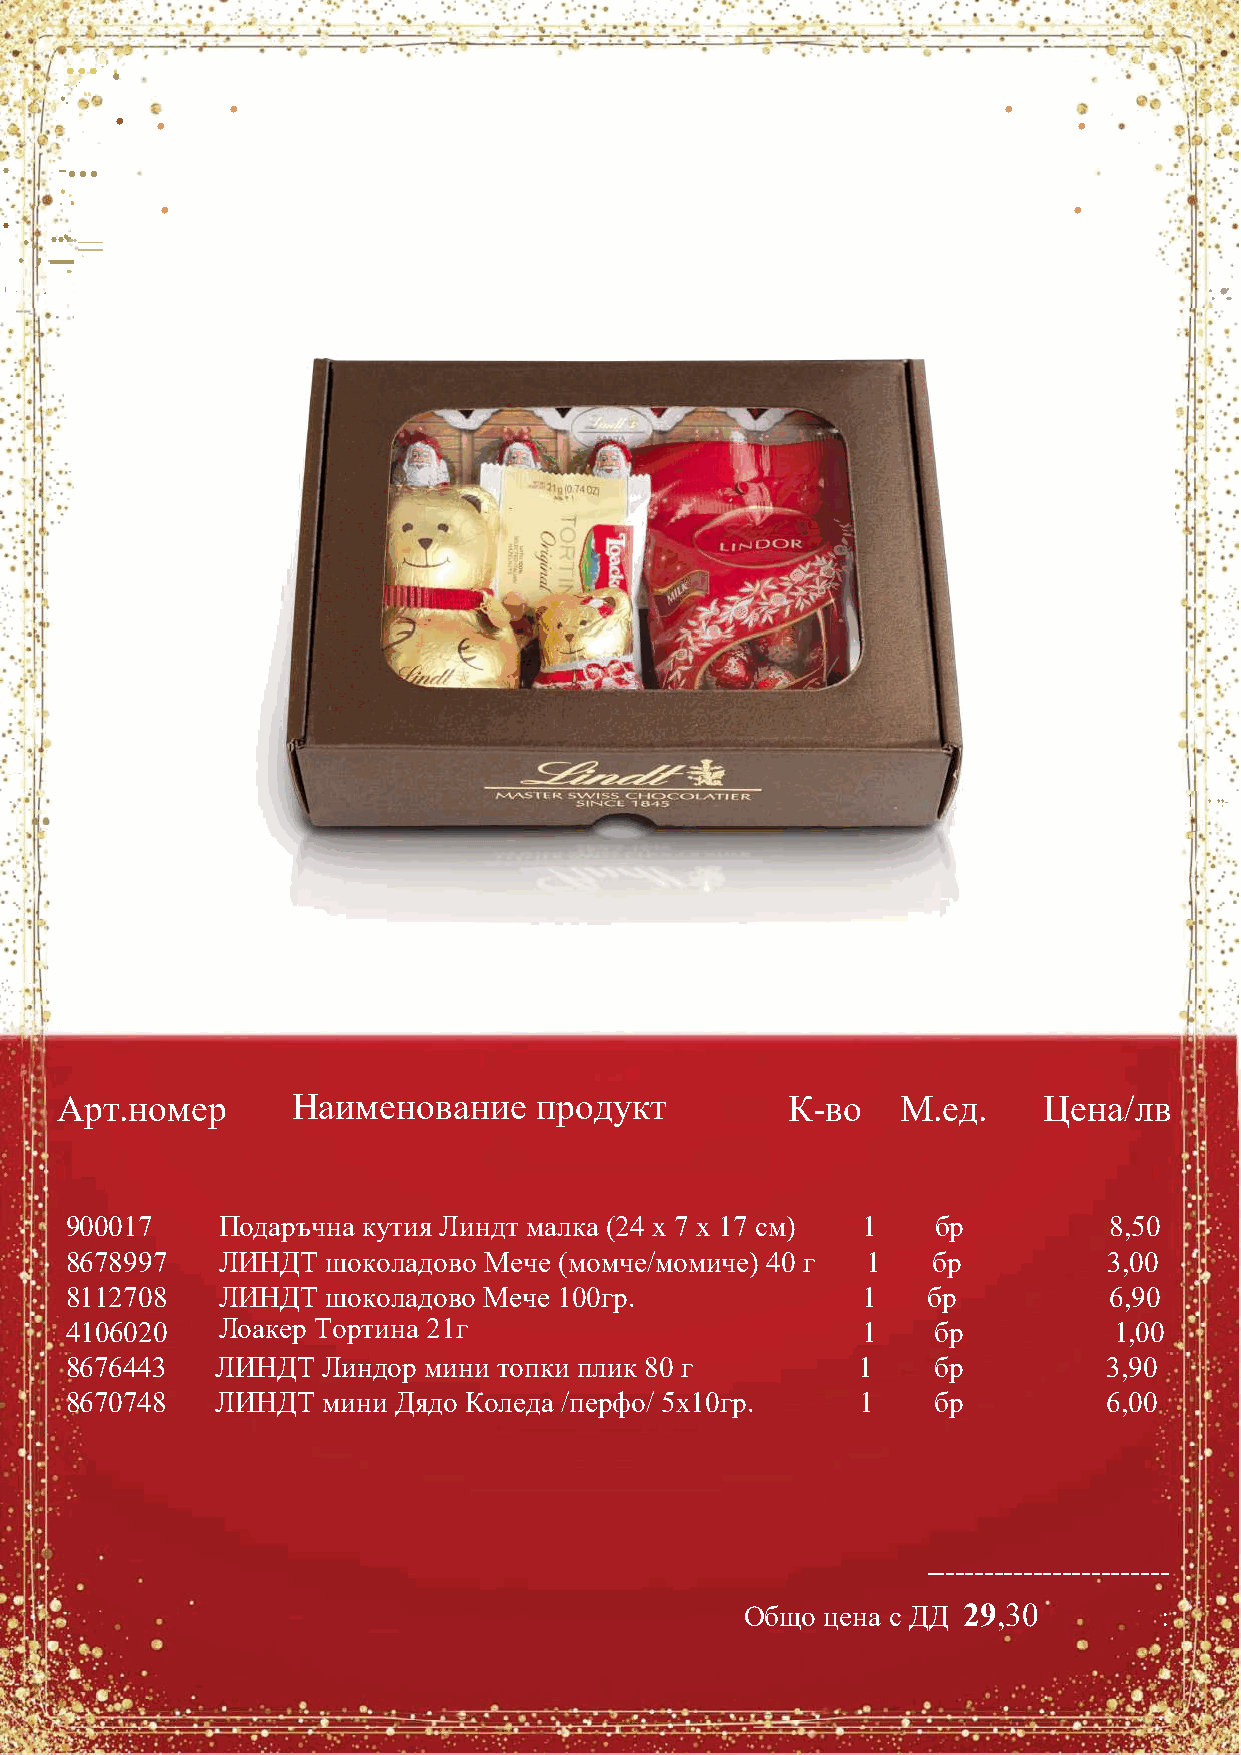
...
 .
 .
 ·'
 .... ..
 ,:
 •.
 •                                                  •
 • •                                                            •
 .   ...
 -
 •
 ..
 .   .      •                                                           •
 ...
 :·, •. ..=
 --
 ... .. ·
 1 ·- .•.                                                                        ·. •:.
 1 • • •. -
 Арт.номер      Наименование    продукт          К-во    М.ед.    Цена/лв
 900017    Подаръчна кутия Линдт малка (24 х 7 х 17 см) 1  бр         8,50
 8678997   ЛИНДТ   шоколадово Мече (момче/момиче) 40 г 1   бр         3,00
 8112708   ЛИНДТ   шоколадово Мече 100гр.             1   бр          6,90
 4106020   Лоакер Тортина 21г                         1    бр          1,00
 8676443   ЛИНДТ  Линдор мини топки плик 80 г         1    бр         3,90
 8670748   ЛИНДТ  мини Дядо Коледа /перфо/ 5х10гр.    1    бр         6,00
 -------------------------
 Общо  цена с ДД 29,30       :